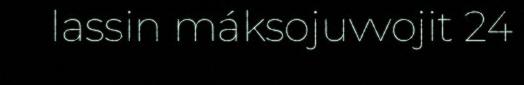
lassin máksojuvvojit 24